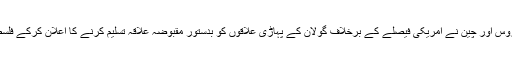
ادھر اقوام متحدہ کی سلامتی کونسل کے مستقل برطانیہ، فرانس، روس اور چین نے امریکی فیصلے کے برخلاف گولان کے پہاڑی علاقوں کو بدستور مقبوضہ علاقہ تسلیم کرنے کا اعلان کرکے فلسطین، شام، ترکی اور سعودی عرب کے موقف کی تائید کردی ہے۔